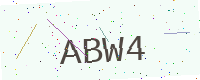
Text: ABW4